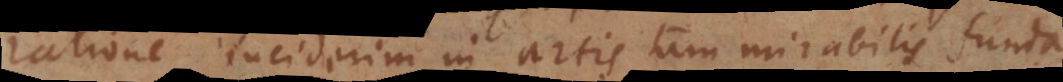
ratione inciderim in artis tam mirabilis funda